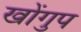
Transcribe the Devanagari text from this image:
खोंगुप